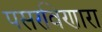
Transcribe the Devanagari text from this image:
पसरविणारा